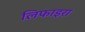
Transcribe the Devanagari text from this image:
लिफाइरा